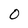
Character: O